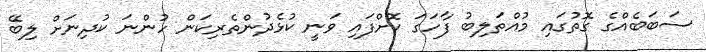
ސަބަބެއްގެ ގޮތުގައި މުއްތަލިބު ފާހަގަ ކޮށްފައި ވަނީ ކުޅެދުންތެރިކަން ހުންނަ ކުދިނަށް ލިބޭ